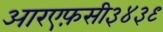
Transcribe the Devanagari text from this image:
आरएफ़सी३४३९